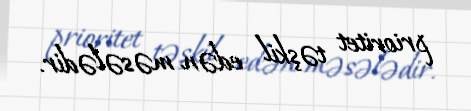
prioritet təşkil edən məsələdir.